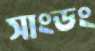
সাংডং